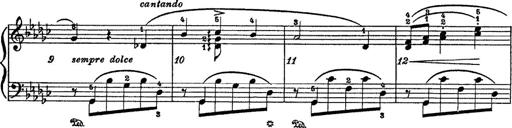
Title: 6 Polish Songs
Composer: Franz Liszt